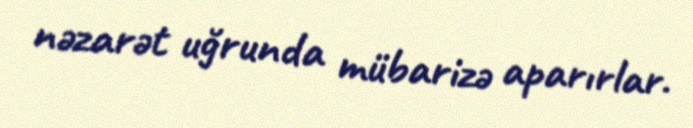
nəzarət uğrunda mübarizə aparırlar.